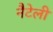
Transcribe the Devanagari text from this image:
नैटेली